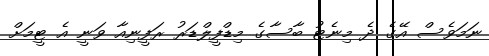
ނަމަވެސް އޭގެ ދެ މިނެޓު ބާސާގެ މިޑްފީލްޑަރު ރަފީނިއާ ވަނީ އެ ޓީމަށް